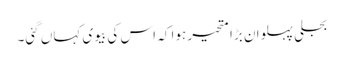
بجلی پہلوان بڑا متحیر ہوا کہ اس کی بیوی کہاں گئی۔